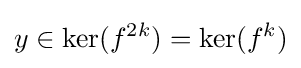
y\in \mathrm {ker} (f^{2k})=\mathrm {ker} (f^{k})